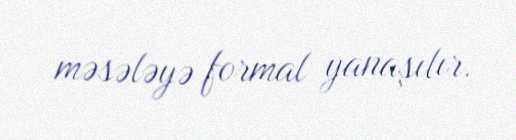
məsələyə formal yanaşılır.